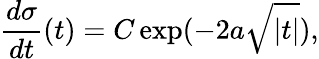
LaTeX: {\frac{d\sigma}{dt}}(t)=C\exp(-2a\sqrt{|t|}),